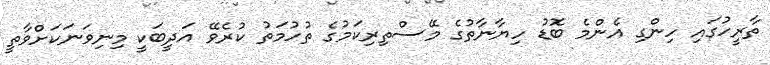
ތާރީހުގައި ހިންގި އެންމެ ބޮޑު ހިޔާނާތުގެ މޭސްތިރިކަމުގެ ތުހުމަތު ކުރެވޭ އަދީބަކީ މިނިވަނަކަށްވާތީ